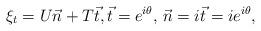
LaTeX: \begin{align*}\xi_t =U \vec n+T \vec t, \vec t =e^{i\theta}, \, \vec n =i\vec t =ie^{i\theta},\end{align*}